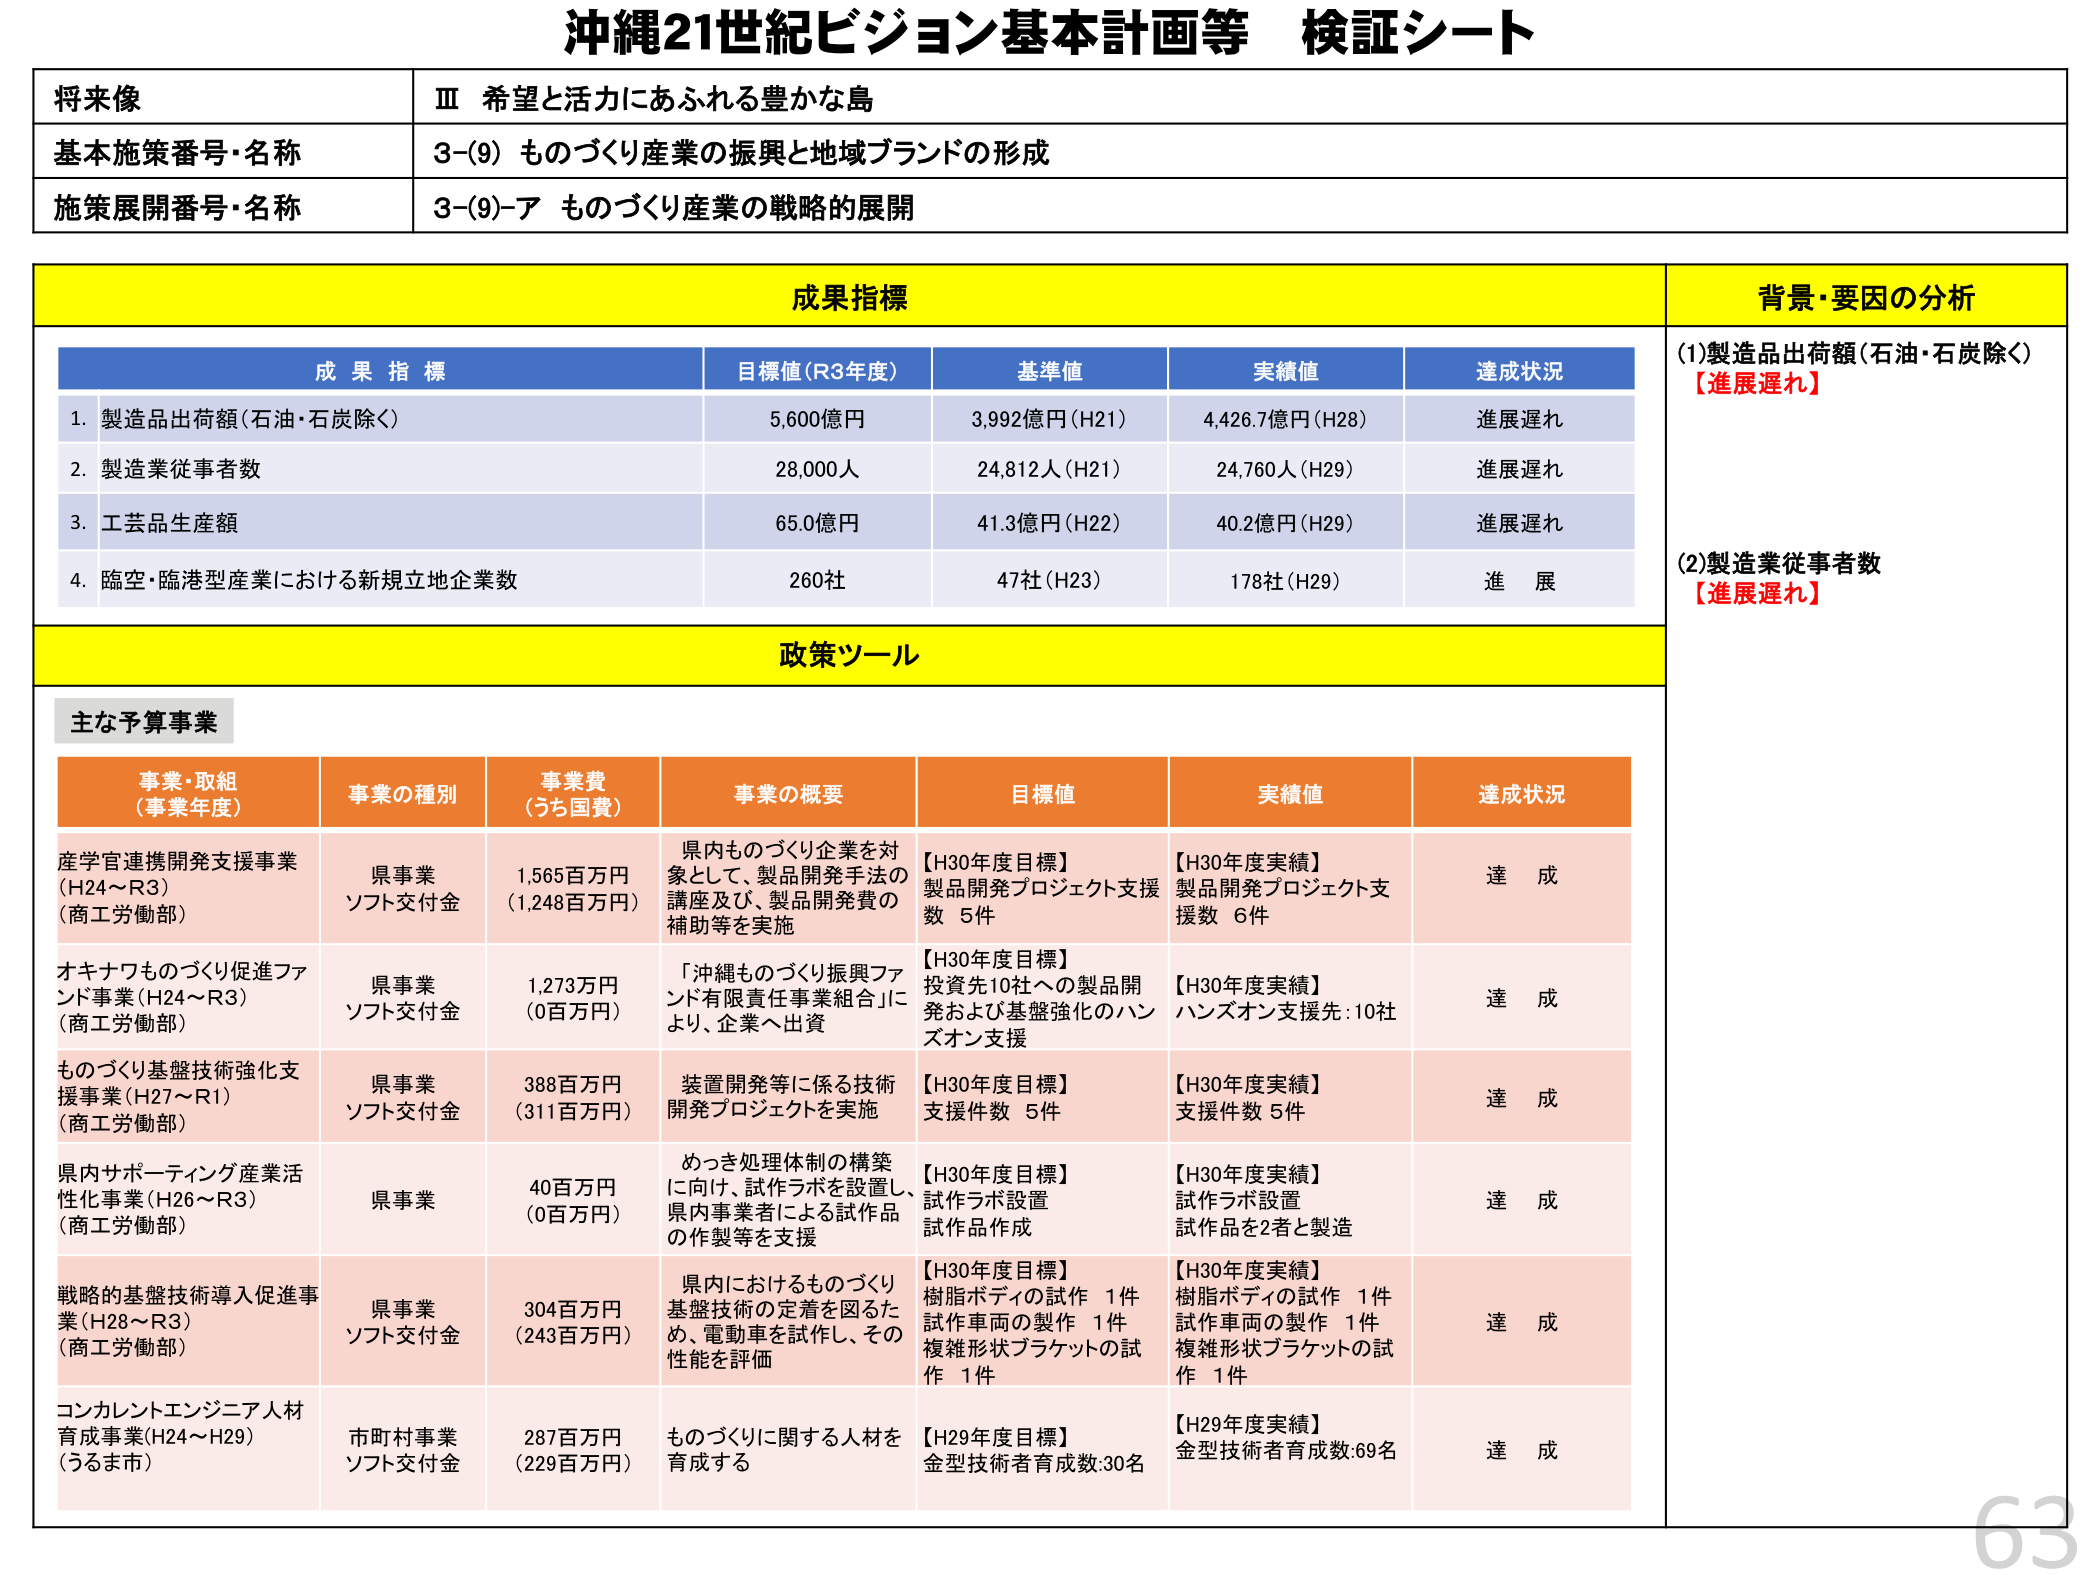
沖縄21世紀ビジョン基本計画等 検証シート

将来像
Ⅲ 希望と活力にあふれる豊かな島

基本施策番号・名称
3-(9) ものづくり産業の振興と地域ブランドの形成

施策展開番号・名称
3-(9)-ア ものづくり産業の戦略的展開

成果指標

成果指標
目標値（R3年度）
基準値
実績値
達成状況

1. 製造品出荷額（石油・石炭除く）
5,600億円
3,992億円（H21）
4,426.7億円（H28）
進展遅れ

2. 製造業従事者数
28,000人
24,812人（H21）
24,760人（H29）
進展遅れ

3. 工芸品生産額
65.0億円
41.3億円（H22）
40.2億円（H29）
進展遅れ

4. 臨空・臨港型産業における新規立地企業数
260社
47社（H23）
178社（H29）
進展

背景・要因の分析

(1)製造品出荷額（石油・石炭除く）
【進展遅れ】

(2)製造業従事者数
【進展遅れ】

政策ツール

主な予算事業

事業・取組
（事業年度）
事業の種別
事業費
（うち国費）
事業の概要
目標値
実績値
達成状況

産学官連携開発支援事業
（H24～R3）
（商工労働部）
県事業
ソフト交付金
1,565百万円
（1,248百万円）
県内ものづくり企業を対象として、製品開発手法の講座及び、製品開発費の補助等を実施
【H30年度目標】
製品開発プロジェクト支援数 5件
【H30年度実績】
製品開発プロジェクト支援数 6件
達成

オキナワものづくり促進ファンド事業（H24～R3）
（商工労働部）
県事業
ソフト交付金
1,273万円
（0百万円）
「沖縄ものづくり振興ファンド有限責任事業組合」により、企業へ出資
【H30年度目標】
投資先10社への製品開発および基盤強化のハンズオン支援
【H30年度実績】
ハンズオン支援先：10社
達成

ものづくり基盤技術強化支援事業（H27～R1）
（商工労働部）
県事業
ソフト交付金
388百万円
（311百万円）
装置開発等に係る技術開発プロジェクトを実施
【H30年度目標】
支援件数 5件
【H30年度実績】
支援件数 5件
達成

県内サポーティング産業活性化事業（H26～R3）
（商工労働部）
県事業
40百万円
（0百万円）
めっき処理体制の構築に向け、試作ラボを設置し、県内事業者による試作品の作製等を支援
【H30年度目標】
試作ラボ設置
試作品作成
【H30年度実績】
試作ラボ設置
試作品を2者と製造
達成

戦略的基盤技術導入促進事業（H28～R3）
（商工労働部）
県事業
ソフト交付金
304百万円
（243百万円）
県内におけるものづくり基盤技術の定着を図るため、電動車を試作し、その性能を評価
【H30年度目標】
樹脂ボディの試作 1件
試作車両の製作 1件
複雑形状ブラケットの試作 1件
【H30年度実績】
樹脂ボディの試作 1件
試作車両の製作 1件
複雑形状ブラケットの試作 1件
達成

コンカレントエンジニア人材育成事業（H24～H29）
（うるま市）
市町村事業
ソフト交付金
287百万円
（229百万円）
ものづくりに関する人材を育成する
【H29年度目標】
金型技術者育成数：30名
【H29年度実績】
金型技術者育成数：69名
達成

63